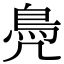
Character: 鳧